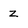
Character: z